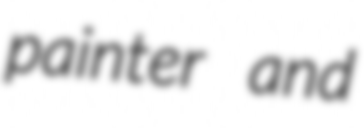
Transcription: painter and